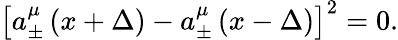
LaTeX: \left[a_{\pm}^{\mu}\left(x+\Delta\right)-a_{\pm}^{\mu}\left(x-\Delta\right)\right]^{2}=0.